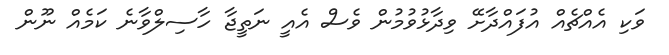
ވަކި އެއްޗެއް އުފައްދާށޭ ވިދާޅުވުމުން ވެސް އެއީ ނަތީޖާ ހާސިލްވާނެ ކަމެއް ނޫން